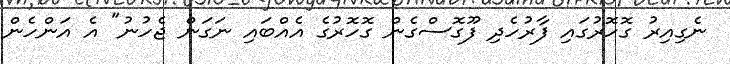
ނެގިއިރު ގޮހޮރުގައި ފާރުހެދި ފޫގޮސްގެން ގޮހޮރުގެ އެއްބައި ނަގަން ޖެހުނު" އެ އަންހެން